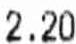
2.20